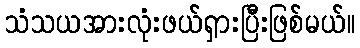
သံသယအားလုံးဖယ်ရှားပြီးဖြစ်မယ်။